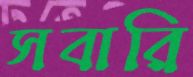
সবারি